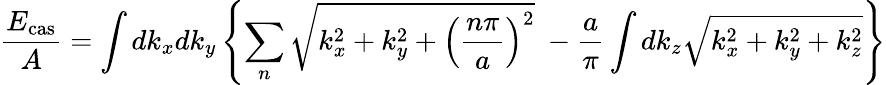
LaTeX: \frac{E_{\mathrm{cas}}}{A}=\int dk_{x}dk_{y}\left\{ \sum_{n}\sqrt{k_{x}^{2}+k_{y}^{2}+\left(\frac{n\pi}{a}\right)^{2}}~-\frac{a}{\pi}\int dk_{z}\sqrt{k_{x}^{2}+k_{y}^{2}+k_{z}^{2}}\right\}